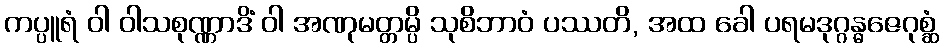
ကပ္ပူရံ ဝါ ဝါသစုဏ္ဏာဒိံ ဝါ အဏုမတ္တမ္ပိ သုစိဘာဝံ ပဿတိ, အထ ခေါ ပရမဒုဂ္ဂန္ဓဇေဂုစ္ဆံ